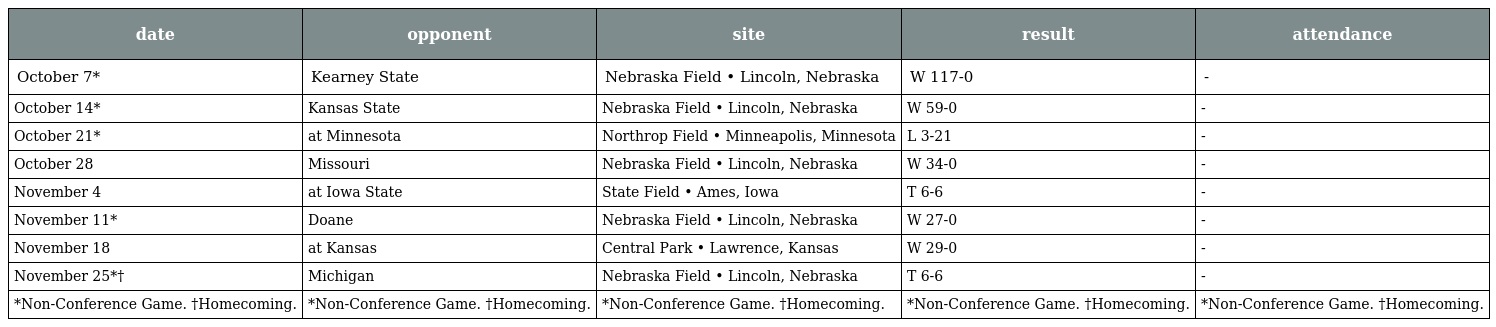
| date | opponent | site | result | attendance |
 | --- | --- | --- | --- | --- |
 | October 7* | Kearney State | Nebraska Field • Lincoln, Nebraska | W 117-0 | - |
 | October 14* | Kansas State | Nebraska Field • Lincoln, Nebraska | W 59-0 | - |
 | October 21* | at Minnesota | Northrop Field • Minneapolis, Minnesota | L 3-21 | - |
 | October 28 | Missouri | Nebraska Field • Lincoln, Nebraska | W 34-0 | - |
 | November 4 | at Iowa State | State Field • Ames, Iowa | T 6-6 | - |
 | November 11* | Doane | Nebraska Field • Lincoln, Nebraska | W 27-0 | - |
 | November 18 | at Kansas | Central Park • Lawrence, Kansas | W 29-0 | - |
 | November 25*† | Michigan | Nebraska Field • Lincoln, Nebraska | T 6-6 | - |
 | *Non-Conference Game. †Homecoming. | *Non-Conference Game. †Homecoming. | *Non-Conference Game. †Homecoming. | *Non-Conference Game. †Homecoming. | *Non-Conference Game. †Homecoming. |